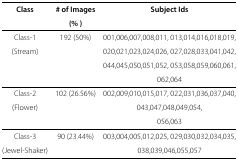
<table><thead><tr><td><b>Class</b></td><td><b># of Images</b></td><td><b>Subject Ids</b></td></tr><tr><td></td><td><b>(%)</b></td><td></td></tr></thead><tbody><tr><td>Class-1</td><td>192 (50%)</td><td>001,006,007,008,011, 013,014,016,018,019,</td></tr><tr><td>(Stream)</td><td></td><td>020,021,023,024,026, 027,028,033,041,042,</td></tr><tr><td></td><td></td><td>044,045,050,051,052, 053,058,059,060,061,</td></tr><tr><td></td><td></td><td>062,064</td></tr><tr><td>Class-2</td><td>102 (26.56%)</td><td>002,009,010,015,017, 022,031,036,037,040,</td></tr><tr><td>(Flower)</td><td></td><td>043,047,048,049,054,</td></tr><tr><td></td><td></td><td>056,063</td></tr><tr><td>Class-3</td><td>90 (23.44%)</td><td>003,004,005,012,025, 029,030,032,034,035,</td></tr><tr><td>(Jewel-Shaker)</td><td></td><td>038,039,046,055,057</td></tr></tbody></table>